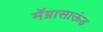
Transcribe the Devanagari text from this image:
मॅग्नासाऊंड